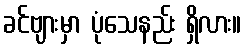
ခင်ဗျားမှာ ပုံသေနည်း ရှိလား။